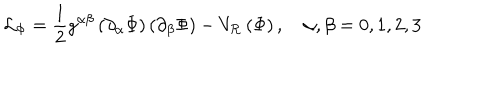
LaTeX: \mathcal { L } _ { \Phi } = \frac { 1 } { 2 } g ^ { \alpha \beta } \left( \partial _ { \alpha } \Phi \right) \left( \partial _ { \beta } \Phi \right) - V _ { \mathcal { R } } \left( \Phi \right) , \quad \alpha , \beta = 0 , 1 , 2 , 3